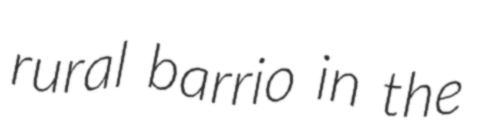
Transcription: rural barrio in the